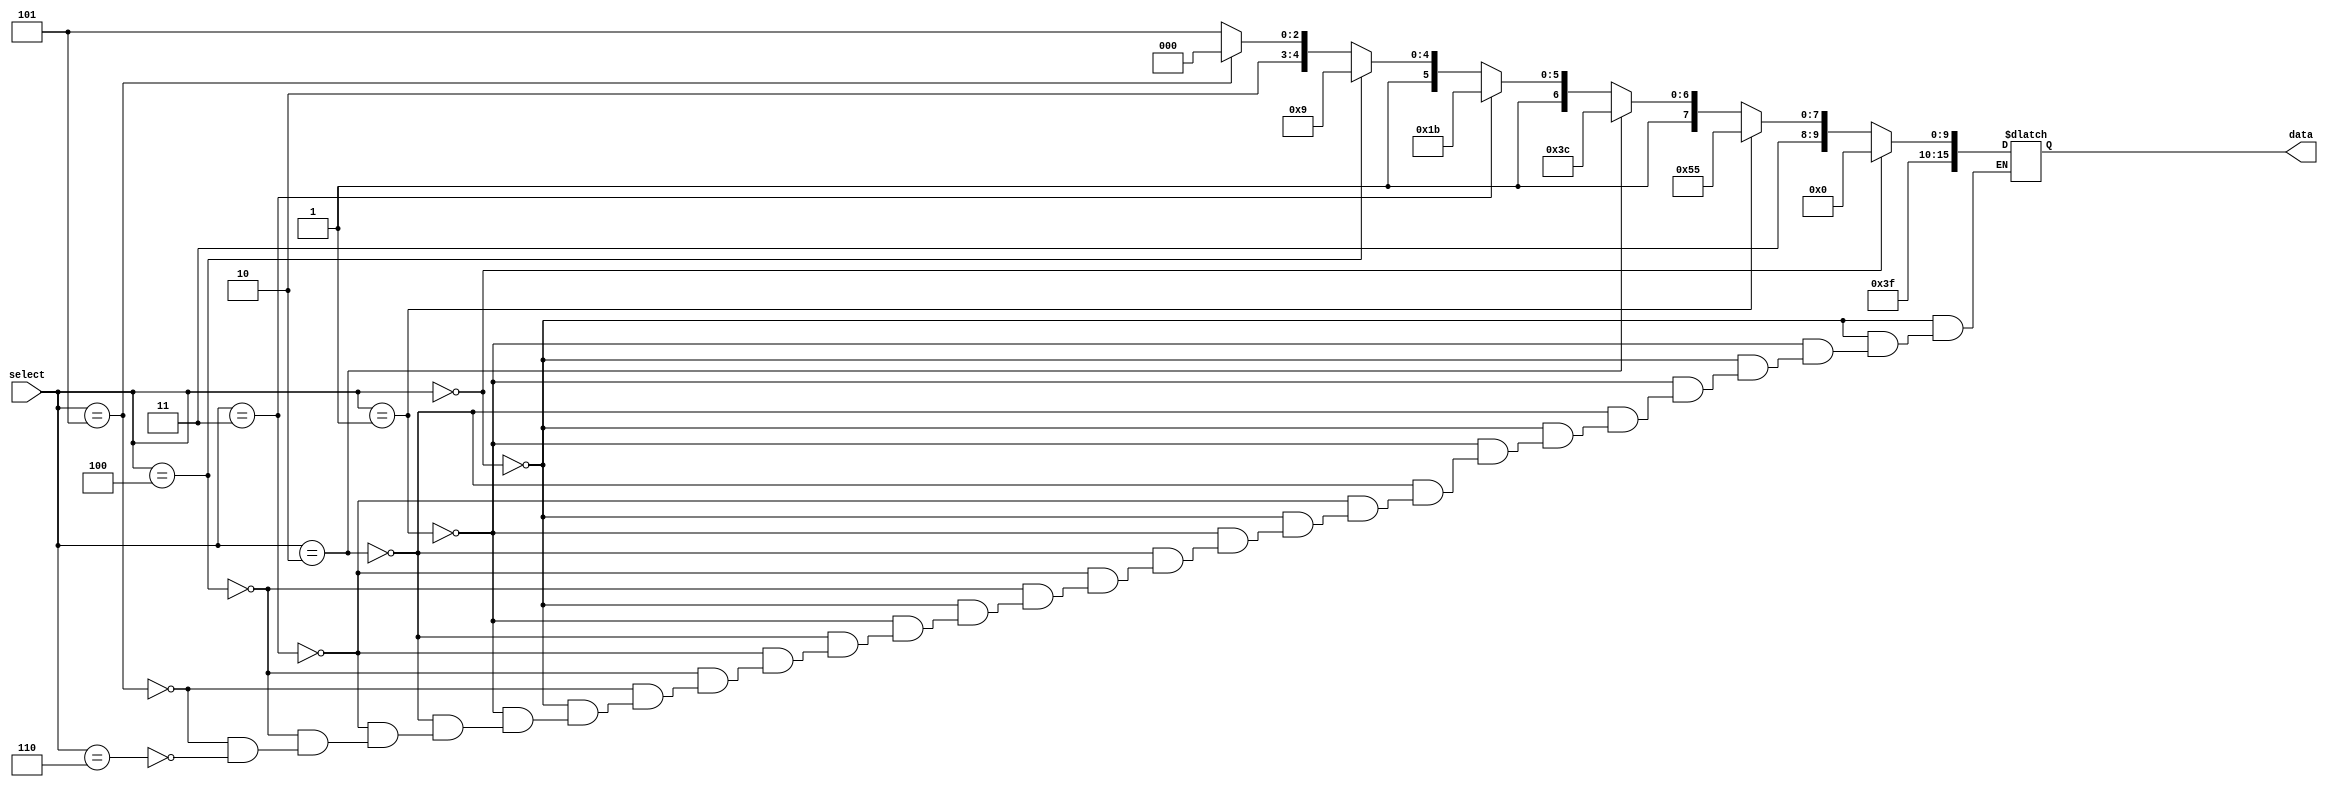
module myrom (input [2 : 0] select, output reg [15 : 0] data);
    always @ (*) begin
        if (select == 3'b000) begin
            data = 16'b1111110000000000;
        end else if (select == 3'b001) begin
            data = 16'b1111111101010101;
        end else if (select == 3'b010) begin
            data = 16'b1111111110111100;
        end else if (select == 3'b011) begin
            data = 16'b1111111111011011;
        end else if (select == 3'b100) begin
            data = 16'b1111111111101001;
        end else if (select == 3'b101) begin
            data = 16'b1111111111110000;
        end else  if (select == 3'b110) begin
            data = 16'b1111111111110101;
        end
    end
endmodule